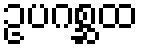
ဥပဂစ္ဆထ